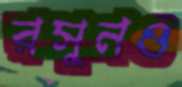
রসুনও